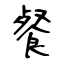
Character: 餐